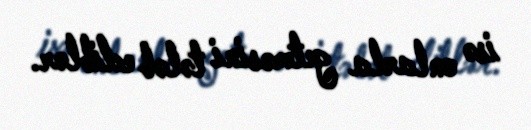
isə onlarla getməsini tələb ediblər.